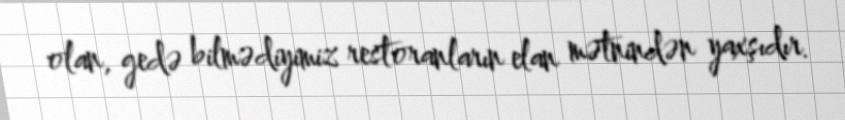
olan, gedə bilmədiyimiz restoranların elan mətnindən yaxşıdır.